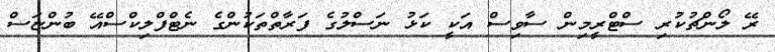
ރޭ ލޯންޗުކުރި ސްޓްރީމިން ސާވިސް އަކީ ކަޅު ނަސްލުގެ ފަރާތްތަކުންގެ ނެޓްފްލިކްސްއޭ ބުންޏަސް